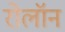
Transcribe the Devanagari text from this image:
रोलॉन